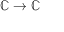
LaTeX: \mathbb { C } \to \mathbb { C }